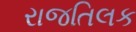
રાજતિલક